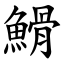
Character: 䱻